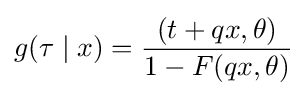
g(\tau \mid x)={\frac {(t+qx,\theta )}{1-F(qx,\theta )}}